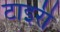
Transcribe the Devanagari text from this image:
टाइरी